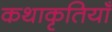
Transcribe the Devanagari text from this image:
कथाकृतियाँ